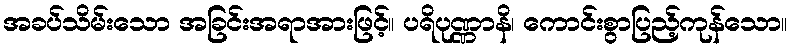
အခပ်သိမ်းသော အခြင်းအရာအားဖြင့်။ ပရိပုဏ္ဏာနိ၊ ကောင်းစွာပြည့်ကုန်သော။